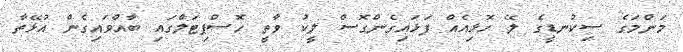
މަންމަގެ ސިކުނޑީގެ ލޭ ހޮޅިއެއް ފަޅައިގެންގޮސް ލީކު ވާތީ ހޮސްޕިޓަލްގައި ބާއްވައިގެން އުޅޭތާ